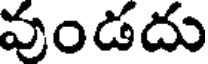
వుండదు